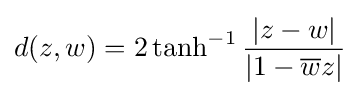
d(z,w)=2\tanh ^{-1}{\frac {|z-w|}{|1-{\overline {w}}z|}}